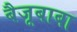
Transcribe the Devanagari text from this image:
बैजूबाबा